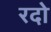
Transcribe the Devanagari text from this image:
रदो